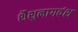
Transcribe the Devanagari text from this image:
शैशुनागवंश